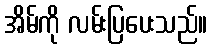
အိမ်ကို လမ်းပြပေးသည်။